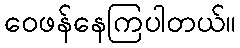
ဝေဖန်နေကြပါတယ်။